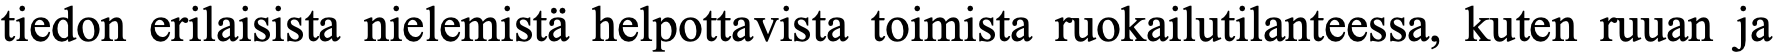
tiedon erilaisista nielemistä helpottavista toimista ruokailutilanteessa, kuten ruuan ja